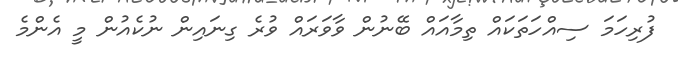
ފުރިހަމަ ސިއްހަތަކައް ތިމާއައް ބޭނުން ވާވަރައް ވުރެ ގިނައިން ނުކެއުން މީ އެންމެ